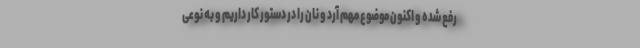
رفع شده و اکنون موضوع مهم آرد و نان را در دستور کار داریم و به نوعی